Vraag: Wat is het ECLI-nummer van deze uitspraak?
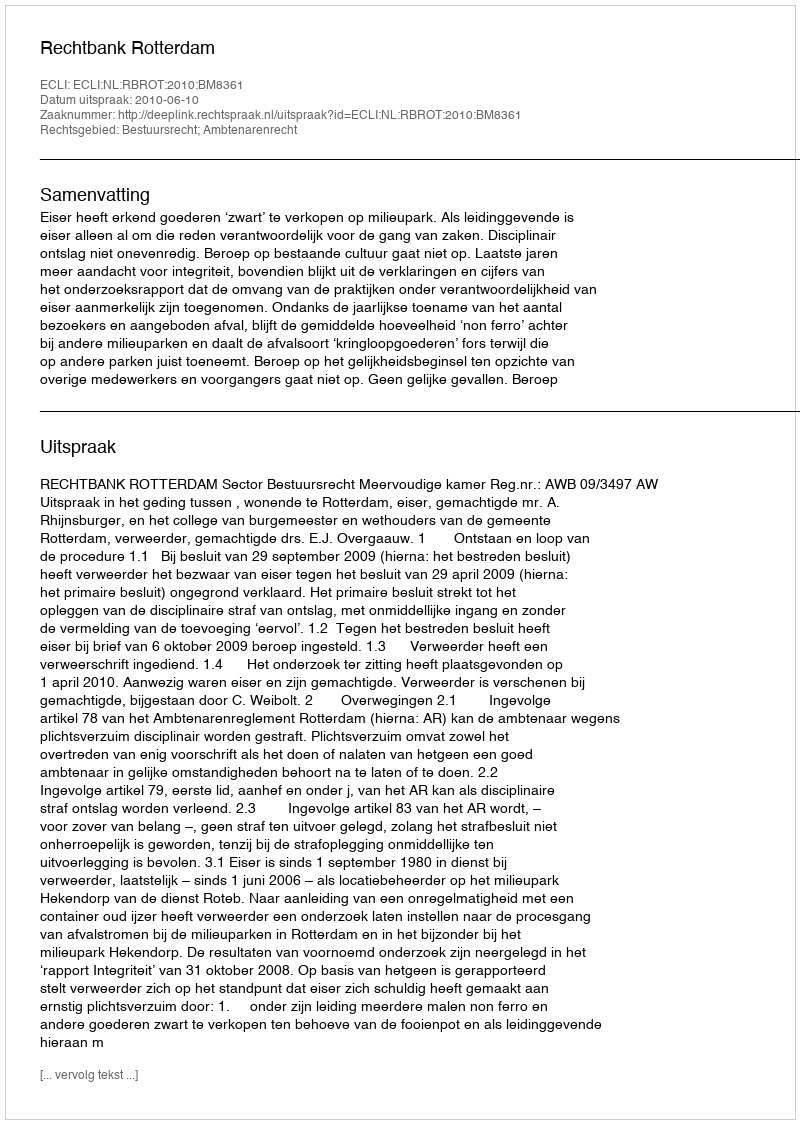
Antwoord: ECLI:NL:RBROT:2010:BM8361